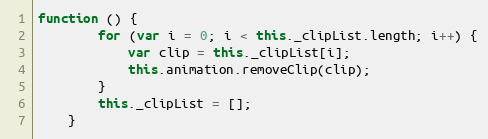
Language: JavaScript
function () {
        for (var i = 0; i < this._clipList.length; i++) {
            var clip = this._clipList[i];
            this.animation.removeClip(clip);
        }
        this._clipList = [];
    }